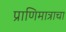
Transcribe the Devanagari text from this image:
प्राणिमात्राचा